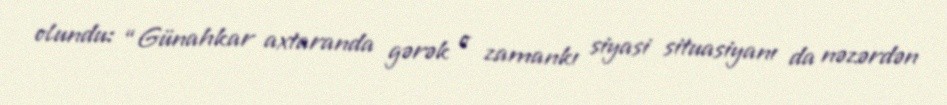
olundu: “Günahkar axtaranda gərək o zamankı siyasi situasiyanı da nəzərdən